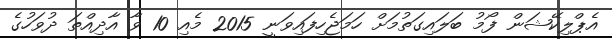
އެޕްލިކޭޝަން ފޯމު ބަލައިގަތުމަށް ހަމަޖެހިފައިވަނީ 2015 މެއި 10 ވާ އާދިއްތަ ދުވަހުގެ